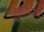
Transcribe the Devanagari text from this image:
ज्योतिषीगण